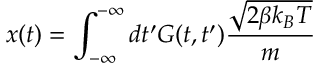
x ( t ) = \int _ { - \infty } ^ { - \infty } d t ^ { \prime } G ( t , t ^ { \prime } ) \frac { \sqrt { 2 \beta k _ { B } T } } { m }